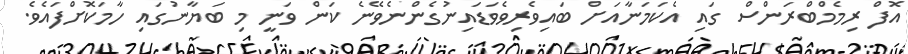
އޮފް ރިމެމްބްރަންސް ގައި އެކަމަނާއަށް ބައިވެރިވެވަޑައިނުގެންނެވޭނެ ކަން ވަނީ މި ބަޔާނުގައި ހާމަކޮށްފައެވެ.